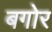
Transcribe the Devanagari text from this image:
बगोर